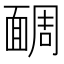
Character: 𩈮